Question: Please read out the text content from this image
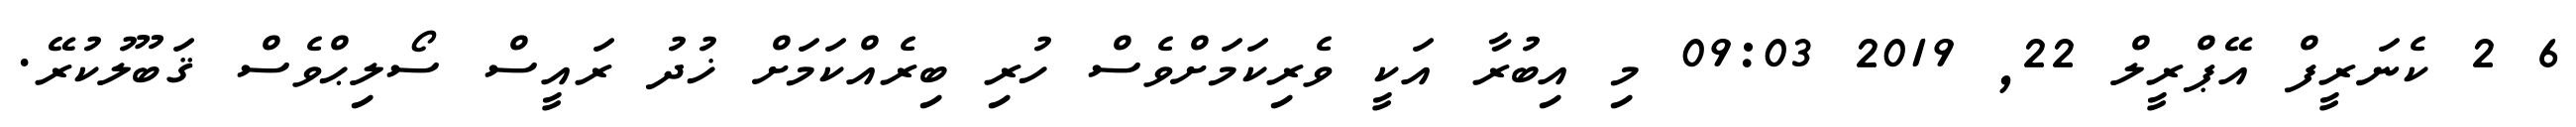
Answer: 6 2 ކެނަރީފް އޭޕްރީލް 22, 2019 09:03 މި އިބުރާ އަކީ ވެރިކަމަށްވެސް ހުރި ބިރެއްކަމަށް ޚުދު ރައީސް ސޯލިޙްވެސް ޤަބޫލުކުރޭ.